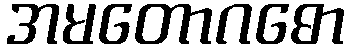
အမတောဂဓော